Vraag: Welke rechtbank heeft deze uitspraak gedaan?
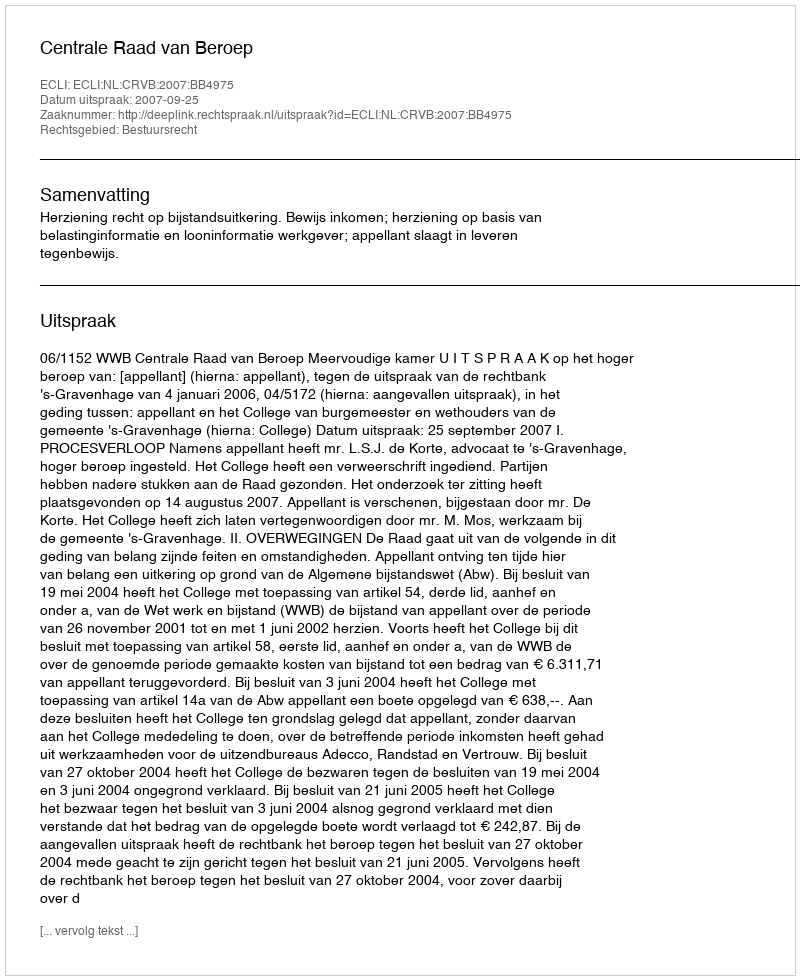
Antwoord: Centrale Raad van Beroep